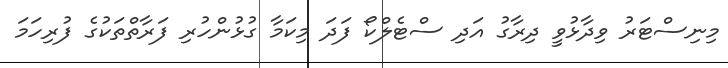
މިނިސްޓަރު ވިދާޅުވީ ދިރާގު އަދި ސްޓެލްކޯ ފަދަ މިކަމާ ގުޅުންހުރި ފަރާތްތަކުގެ ފުރިހަމަ